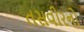
તસવીરનો